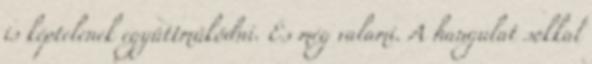
is képtelenek együttműködni. És még valami. A hangulat sokkal